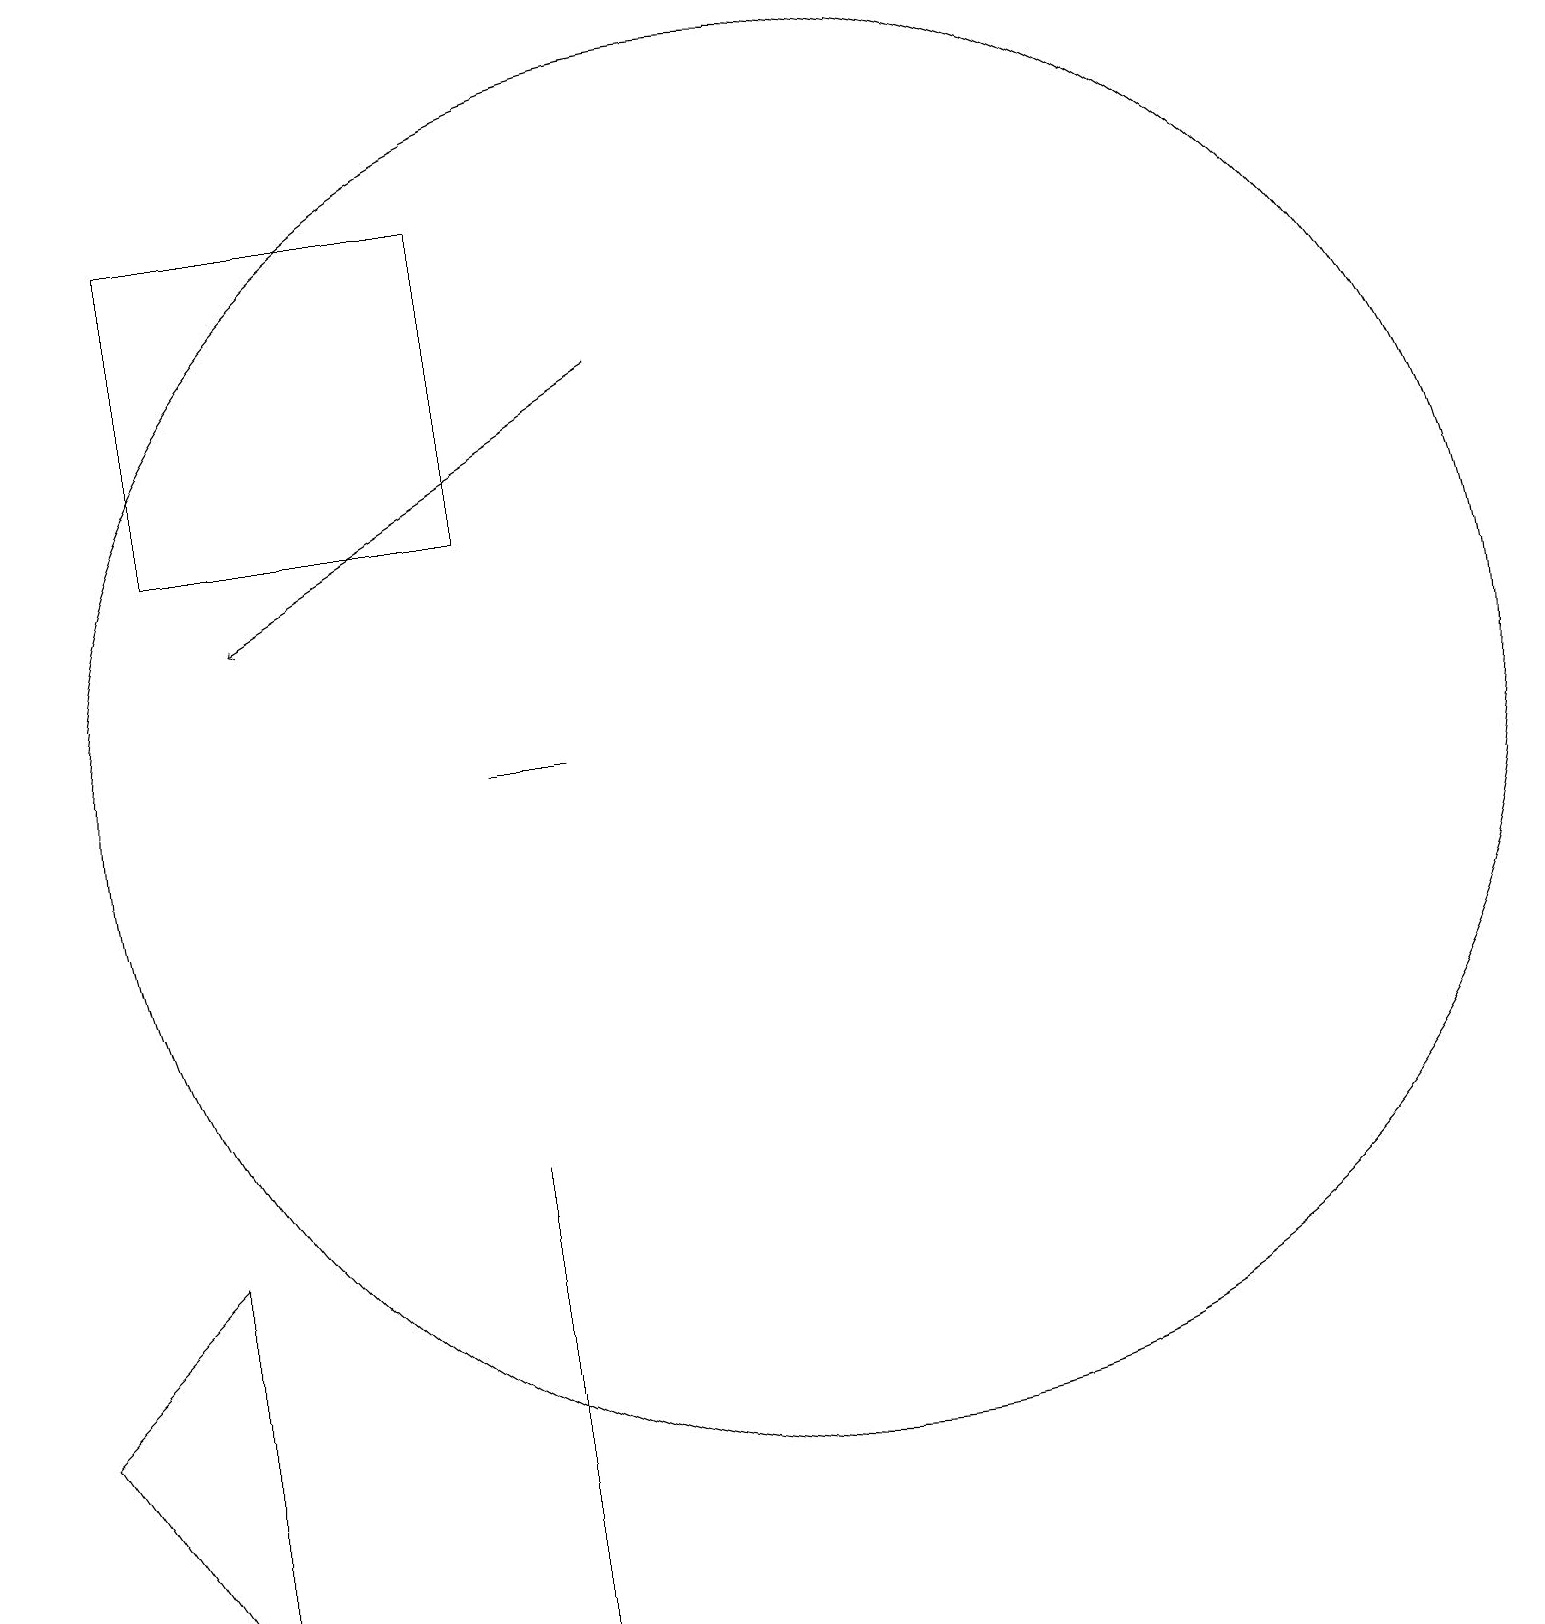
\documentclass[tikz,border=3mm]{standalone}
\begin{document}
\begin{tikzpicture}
\draw[->] (8,17) -- (3,14);
\draw (7,12) rectangle (6,12);
\draw (10,12) circle (9);
\draw (0,4) -- (2,1) -- (2,6) -- cycle;
\draw (6,3) -- (6,7) -- (6,1) -- cycle;
\draw (6,19) rectangle (2,15);
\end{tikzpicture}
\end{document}